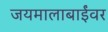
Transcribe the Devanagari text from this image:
जयमालाबाईंवर